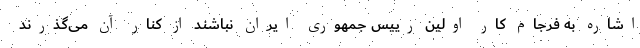
اشاره به فرجام کار اولین رییس جمهوری ایران نباشند از کنار آن می‌گذرند